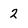
Character: 2